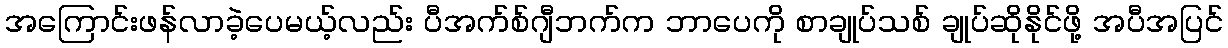
အကြောင်းဖန်လာခဲ့ပေမယ့်လည်း ပီအက်စ်ဂျီဘက်က ဘာပေကို စာချုပ်သစ် ချုပ်ဆိုနိုင်ဖို့ အပီအပြင်